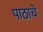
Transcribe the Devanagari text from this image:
पाठाचे